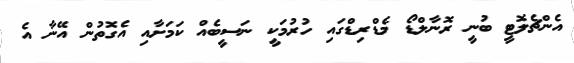
އެންޗެލޮޓީ ބުނީ ރޮނާލްޑޯ މެޑްރިޑްގައި ހުރުމަކީ ނަސީބެއް ކަމަށާއި އެގޮތުން އޭނާ އެ